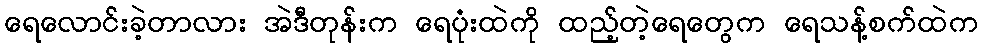
ရေလောင်းခဲ့တာလား အဲဒီတုန်းက ရေပုံးထဲကို ထည့်တဲ့ရေတွေက ရေသန့်စက်ထဲက